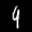
Label: 9